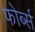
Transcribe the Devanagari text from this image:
फोर्ब्स